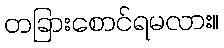
တခြားစောင်ရမလား။